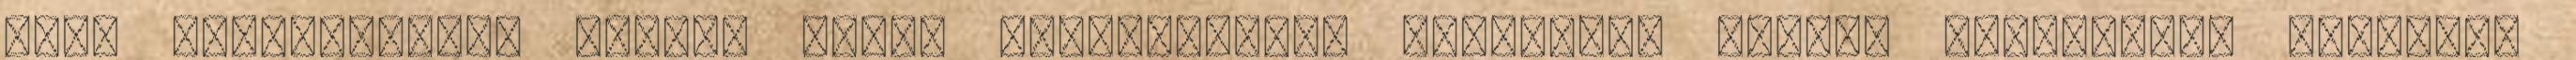
nagy rendszereket állam, unió, szövetségek, vallások, tömeg, nagyméretű tárgyak,